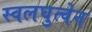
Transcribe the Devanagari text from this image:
स्वलघुत्वेन